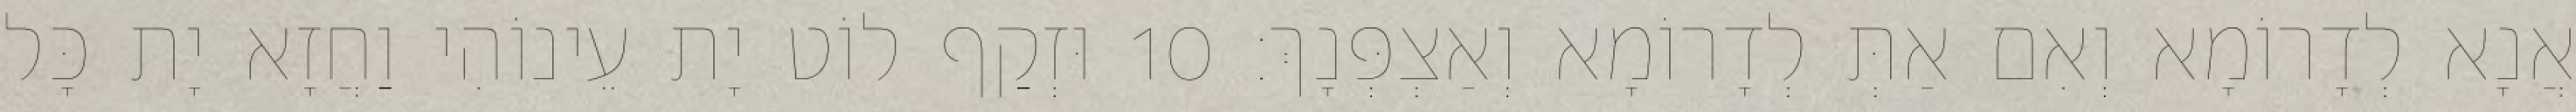
אֲנָא לְדָרוֹמָא וְאִם אַתְּ לְדָרוֹמָא וְאַצְפְּנָךְ׃ 10 וּזְקַף לוֹט יָת עֵינוֹהִי וַחֲזָא יָת כָּל